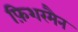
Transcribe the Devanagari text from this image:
फ़िशरमैन